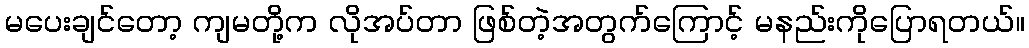
မပေးချင်တော့ ကျမတို့က လိုအပ်တာ ဖြစ်တဲ့အတွက်ကြောင့် မနည်းကိုပြောရတယ်။